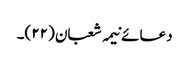
دعائے نیمہ شعبان (۲۲)۔